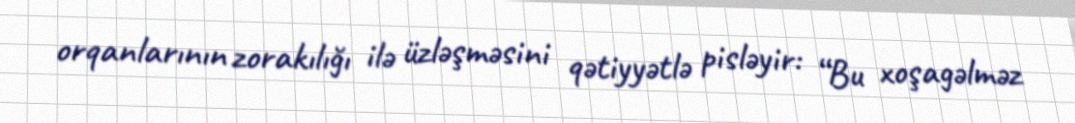
orqanlarının zorakılığı ilə üzləşməsini qətiyyətlə pisləyir: “Bu xoşagəlməz